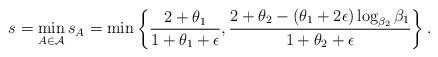
LaTeX: \begin{align*}s=\min_{A\in\mathcal{A}}s_A=\min\left\{\frac{2+\theta_{1}}{1+\theta_{1}+\epsilon}, \frac{2+\theta_{2}-(\theta_{1}+2\epsilon)\log_{\beta_2}\beta_1}{1+\theta_{2}+\epsilon}\right\}.\end{align*}